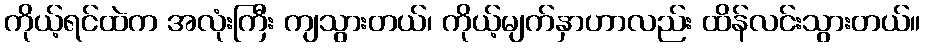
ကိုယ့်ရင်ထဲက အလုံးကြီး ကျသွားတယ်၊ ကိုယ့်မျက်နှာဟာလည်း ထိန်လင်းသွားတယ်။